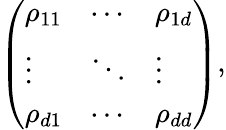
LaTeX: \left(\begin{array}{lll}{\rho_{11}}&{\cdots}&{\rho_{1d}}\\ {\vdots}&{\ddots}&{\vdots}\\ {\rho_{d1}}&{\cdots}&{\rho_{dd}}\end{array}\right),